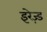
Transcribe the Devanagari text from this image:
इरेज़्ड